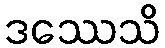
ဒဿေသိ